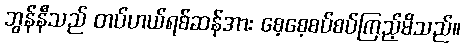
ဘွန်နီသည် တပ်ဟယ်ရစ်ဆန်အား စေ့စေ့စပ်စပ်ကြည့်မိသည်။